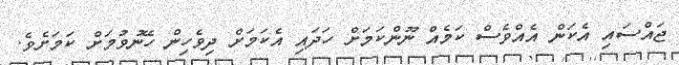
ޖައްސައި އެކަން އެއްވެސް ކަމެއް ނޫންކަމަށް ހަދައި އެކަމަށް ދިވެހިން ހޭނުވުމަށް ކަމަށެވެ.